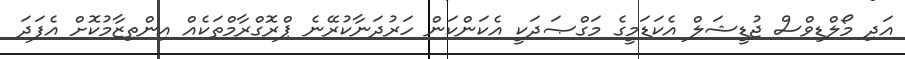
އަދި މޯލްޑިވްސް ޖުޑީޝަލް އެކަޑަމީގެ މަގްޞަދަކީ އެކަންކަން ހަރުދަނާކުރޭނެ ޕްރޮގްރާމްތަކެއް އިންތިޒާމުކޮށް އެފަދަ